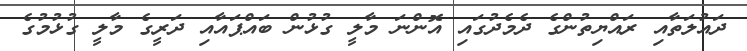
ދައުލަތާއި ރައްޔިތުންގެ ދެމެދުގައި އޮންނަ މާލީ ގުޅުން ބައްޕައާއި ދަރީގެ މާލީ ގުޅުމުގެ